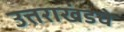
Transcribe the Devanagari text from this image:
उत्तराखंडचे